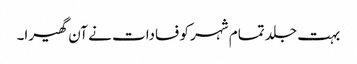
بہت جلد تمام شہر کو فسادات نے آن گھیرا۔